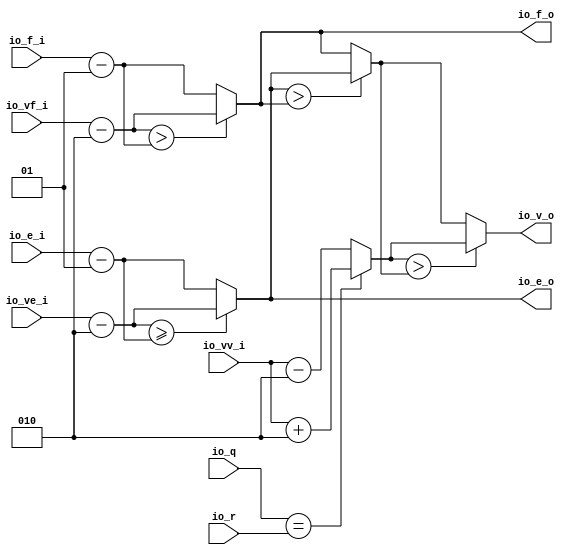
module SWCell(
  input  [1:0]  io_q,
  input  [1:0]  io_r,
  input  [15:0] io_e_i,
  input  [15:0] io_f_i,
  input  [15:0] io_ve_i,
  input  [15:0] io_vf_i,
  input  [15:0] io_vv_i,
  output [15:0] io_e_o,
  output [15:0] io_f_o,
  output [15:0] io_v_o
);
  wire [15:0] _T_2 = $signed(io_ve_i) - 16'sh2; // @[SWChisel.scala 78:17]
  wire [15:0] _T_5 = $signed(io_e_i) - 16'sh1; // @[SWChisel.scala 78:39]
  wire [15:0] e_max = $signed(_T_2) >= $signed(_T_5) ? $signed(_T_2) : $signed(_T_5); // @[SWChisel.scala 78:51 79:11 81:11]
  wire [15:0] _T_9 = $signed(io_vf_i) - 16'sh2; // @[SWChisel.scala 85:17]
  wire [15:0] _T_12 = $signed(io_f_i) - 16'sh1; // @[SWChisel.scala 85:38]
  wire [15:0] f_max = $signed(_T_9) > $signed(_T_12) ? $signed(_T_9) : $signed(_T_12); // @[SWChisel.scala 85:50 86:11 88:11]
  wire [15:0] ef_temp = $signed(e_max) > $signed(f_max) ? $signed(e_max) : $signed(f_max); // @[SWChisel.scala 92:24 93:13 95:13]
  wire [15:0] _v_temp_T_2 = $signed(io_vv_i) + 16'sh2; // @[SWChisel.scala 100:23]
  wire [15:0] _v_temp_T_5 = $signed(io_vv_i) - 16'sh2; // @[SWChisel.scala 102:23]
  wire [15:0] v_temp = io_q == io_r ? $signed(_v_temp_T_2) : $signed(_v_temp_T_5); // @[SWChisel.scala 100:12 102:12 99:24]
  assign io_e_o = $signed(_T_2) >= $signed(_T_5) ? $signed(_T_2) : $signed(_T_5); // @[SWChisel.scala 78:51 79:11 81:11]
  assign io_f_o = $signed(_T_9) > $signed(_T_12) ? $signed(_T_9) : $signed(_T_12); // @[SWChisel.scala 85:50 86:11 88:11]
  assign io_v_o = $signed(v_temp) > $signed(ef_temp) ? $signed(v_temp) : $signed(ef_temp); // @[SWChisel.scala 106:27 107:11 109:11]
endmodule